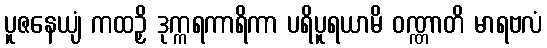
ပူဇနေယျံ ကထဉှိ ဒုက္ကရကာရိကာ ပရိပူရယာမိ ဝဏ္ဏာတိ မာရဗလံ